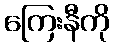
ကြေးနီကို